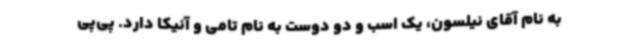
به نام آقای نیلسون، یک اسب و دو دوست به نام تامی و آنیکا دارد. پی‌پی